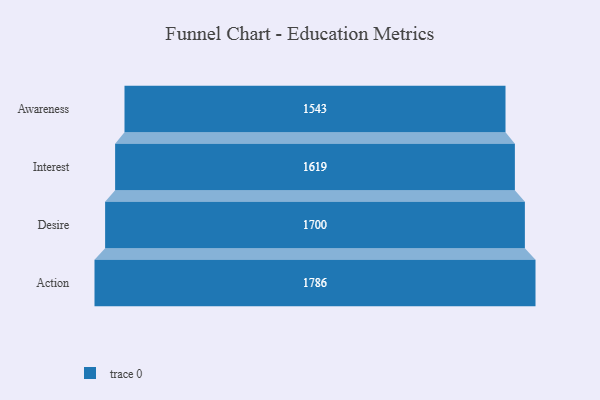
{"axis": {"x": "Stage", "y": "Value"}, "legend": [""], "data": [{"x": "Awareness", "y": 1543.0, "type": ""}, {"x": "Interest", "y": 1619.0, "type": ""}, {"x": "Desire", "y": 1700.0, "type": ""}, {"x": "Action", "y": 1786.0, "type": ""}]}